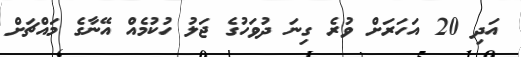
އަދި 20 އަހަރަށް ވުރެ ގިނަ ދުވަހުގެ ޖަލު ހުކުމެއް އޭނާގެ މައްޗަށް